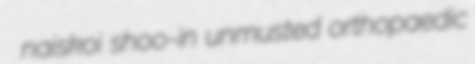
naiskoi shoo-in unmusted orthopaedic